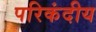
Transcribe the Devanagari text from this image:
परिकंदीय